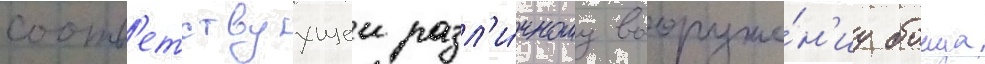
соотв'етствуущеи разл'и́чному вооруже́н'иу боица